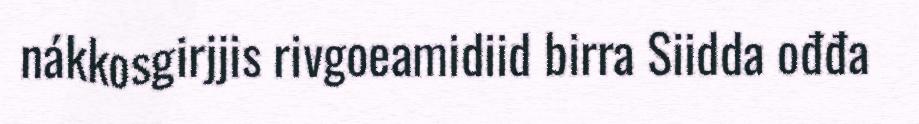
nákkosgirjjis rivgoeamidiid birra Siidda ođđa